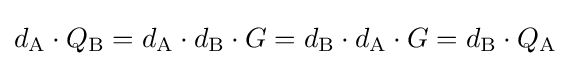
d_{\text{A}}\cdot Q_{\text{B}}=d_{\text{A}}\cdot d_{\text{B}}\cdot G=d_{\text{B}}\cdot d_{\text{A}}\cdot G=d_{\text{B}}\cdot Q_{\text{A}}